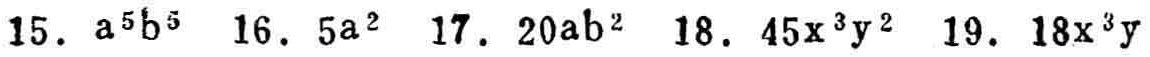
15. \(a^{5}b^{5}\) 16. \(5a^{2}\) 17. \(20ab^{2}\) 18. \(45x^{3}y^{2}\) 19. \(18x^{3}y\)